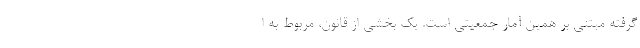
گرفته مبتنی بر همین آمار جمعیتی است. یک بخشی از قانون، مربوط به ا